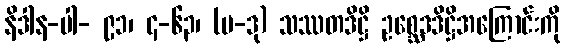
နိဒါန-ပါ- ၉၁၊ ၄-၆၃၊ (ပ-ဒု) သဿတဒိဋ္ဌိ ဥစ္ဆေဒဒိဋ္ဌိအကြောင်းကို